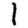
Digit: 1